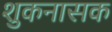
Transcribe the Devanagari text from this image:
शुकनासक